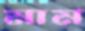
মাম